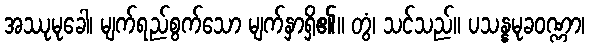
အဿုမုခေါ၊ မျက်ရည်စွက်သော မျက်နှာရှိ၏။ တွံ၊ သင်သည်။ ပသန္နမုခဝဏ္ဏာ၊